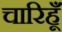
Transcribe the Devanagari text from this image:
चारिहूँ